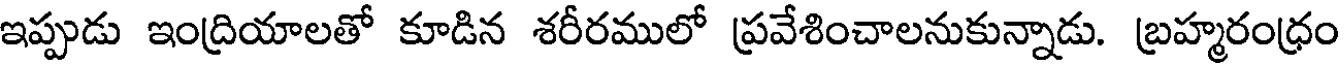
ఇప్పుడు ఇంద్రియాలతో కూడిన శరీరములో ప్రవేశించాలనుకున్నాడు. బ్రహ్మరంధ్రం